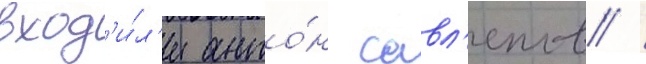
вход'и́л'и анто́н савл'епов /